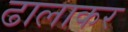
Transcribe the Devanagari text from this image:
ढालाकर